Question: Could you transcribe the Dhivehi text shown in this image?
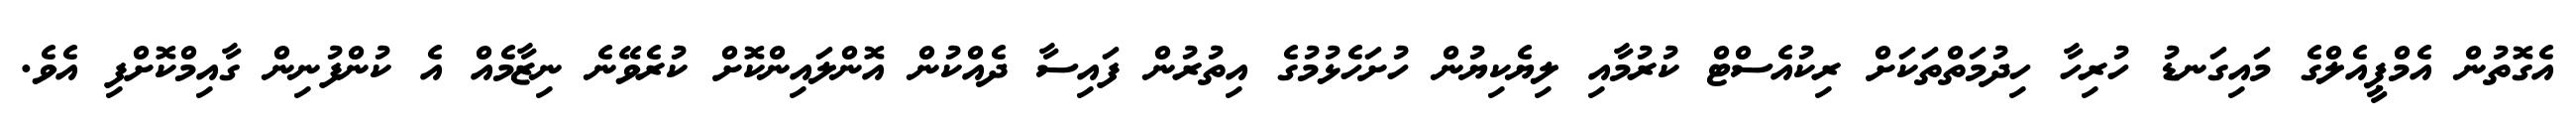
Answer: އެގޮތުން އެމްޕީއެލްގެ މައިގަނޑު ހުރިހާ ހިދުމަތްތަކަށް ރިކުއެސްޓް ކުރުމާއި ލިޔެކިޔުން ހުށަހެޅުމުގެ އިތުރުން ފައިސާ ދެއްކުން އޮންލައިންކޮށް ކުރެވޭނެ ނިޒާމެއް އެ ކުންފުނިން ގާއިމްކޮށްފި އެވެ.